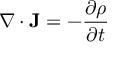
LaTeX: \nabla \cdot \mathbf { J } = - { \frac { \partial \rho } { \partial t } }